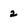
Character: 2